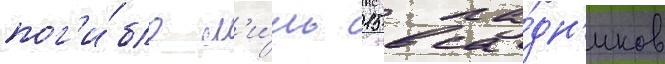
пог'и́бло л'и́шь 15 вса́дн'иков